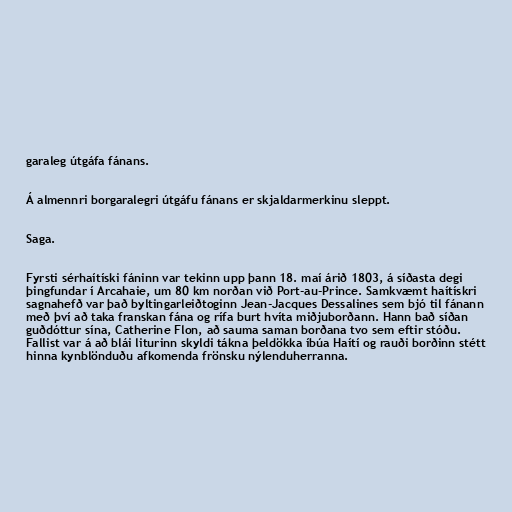
garaleg útgáfa fánans.

Á almennri borgaralegri útgáfu fánans er skjaldarmerkinu sleppt.

Saga.

Fyrsti sérhaítíski fáninn var tekinn upp þann 18. maí árið 1803, á síðasta degi
þingfundar í Arcahaie, um 80 km norðan við Port-au-Prince. Samkvæmt haítískri
sagnahefð var það byltingarleiðtoginn Jean-Jacques Dessalines sem bjó til fánann
með því að taka franskan fána og rífa burt hvíta miðjuborðann. Hann bað síðan
guðdóttur sína, Catherine Flon, að sauma saman borðana tvo sem eftir stóðu.
Fallist var á að blái liturinn skyldi tákna þeldökka íbúa Haítí og rauði borðinn stétt
hinna kynblönduðu afkomenda frönsku nýlenduherranna.